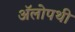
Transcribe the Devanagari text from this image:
अॅलोपथी